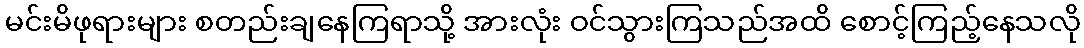
မင်းမိဖုရားများ စတည်းချနေကြရာသို့ အားလုံး ဝင်သွားကြသည်အထိ စောင့်ကြည့်နေသလို